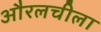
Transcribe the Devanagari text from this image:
औरलचीला